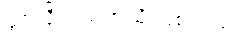
ဖွင့်လိုက်သကဲ့သို့ ဖြစ်သည်။